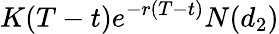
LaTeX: K(T-t)e^{-r(T-t)}N(d_{2})